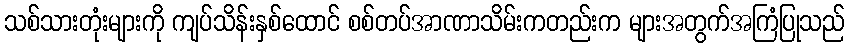
သစ်သားတုံးများကို ကျပ်သိန်းနှစ်ထောင် စစ်တပ်အာဏာသိမ်းကတည်းက များအတွက်အကြံပြုသည်